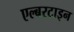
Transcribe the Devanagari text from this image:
एल्बरटाइन